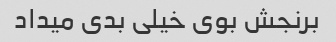
برنجش بوی خیلی بدی میداد